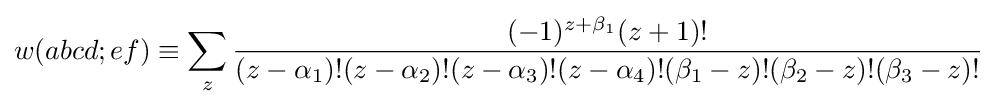
w(abcd;ef)\equiv \sum _{z}{\frac {(-1)^{z+\beta _{1}}(z+1)!}{(z-\alpha _{1})!(z-\alpha _{2})!(z-\alpha _{3})!(z-\alpha _{4})!(\beta _{1}-z)!(\beta _{2}-z)!(\beta _{3}-z)!}}